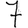
Digit: 7